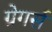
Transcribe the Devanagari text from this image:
ग्रेगर्स